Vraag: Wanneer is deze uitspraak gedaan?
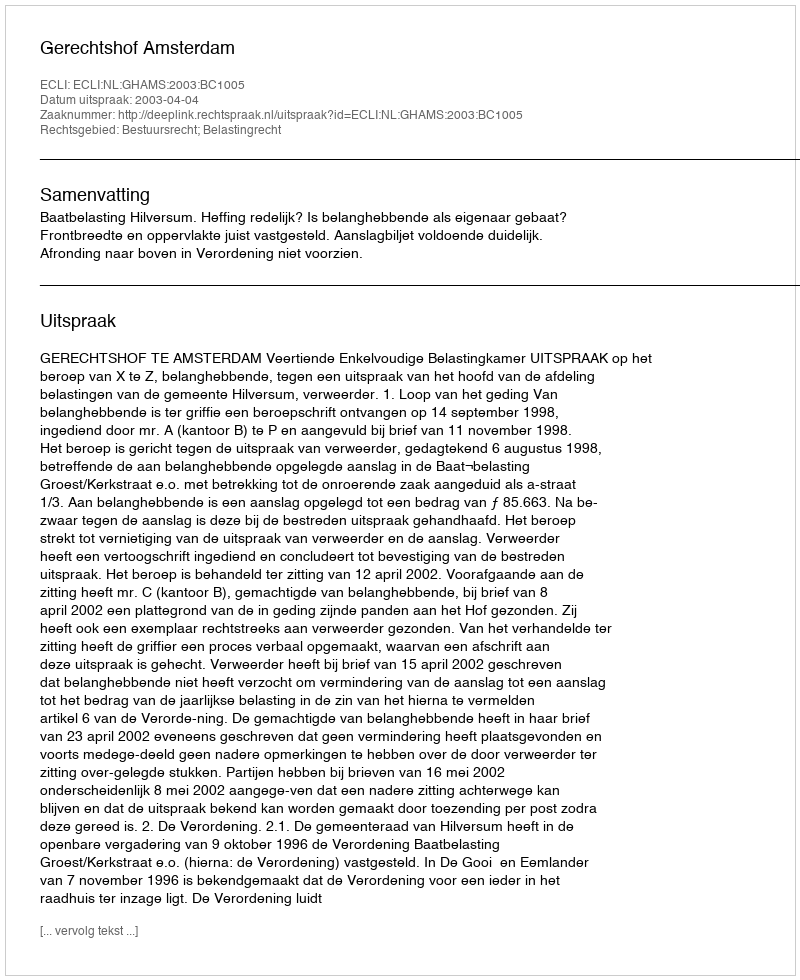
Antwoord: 2003-04-04